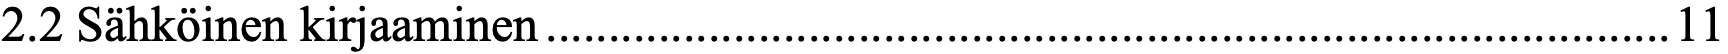
2.2 Sähköinen kirjaaminen .......................................................................................... 11